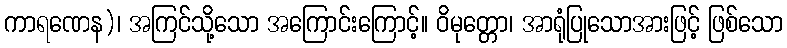
ကာရဏေန)၊ အကြင်သို့သော အကြောင်းကြောင့်။ ဝိမုတ္တော၊ အာရုံပြုသောအားဖြင့် ဖြစ်သော